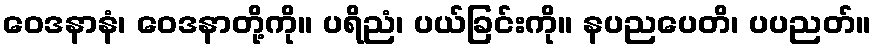
ဝေဒနာနံ၊ ဝေဒနာတို့ကို။ ပရိညံ၊ ပယ်ခြင်းကို။ နပညပေတိ၊ ပပညတ်။